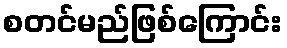
စတင်မည်ဖြစ်ကြောင်း